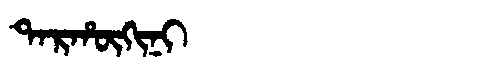
Manchu: ᡨᠠᡵᡥᡡᡴᡳᠨᡳ
Romanization: TARHŪKINI